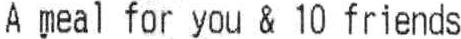
A MEAL FOR YOU & 10 FRIENDS